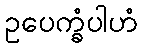
ဥပေက္ခံပါဟံ